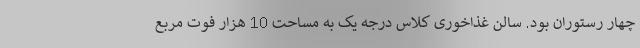
چهار رستوران بود. سالن غذاخوری کلاس درجه یک به مساحت 10 هزار فوت مربع